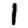
Digit: 1